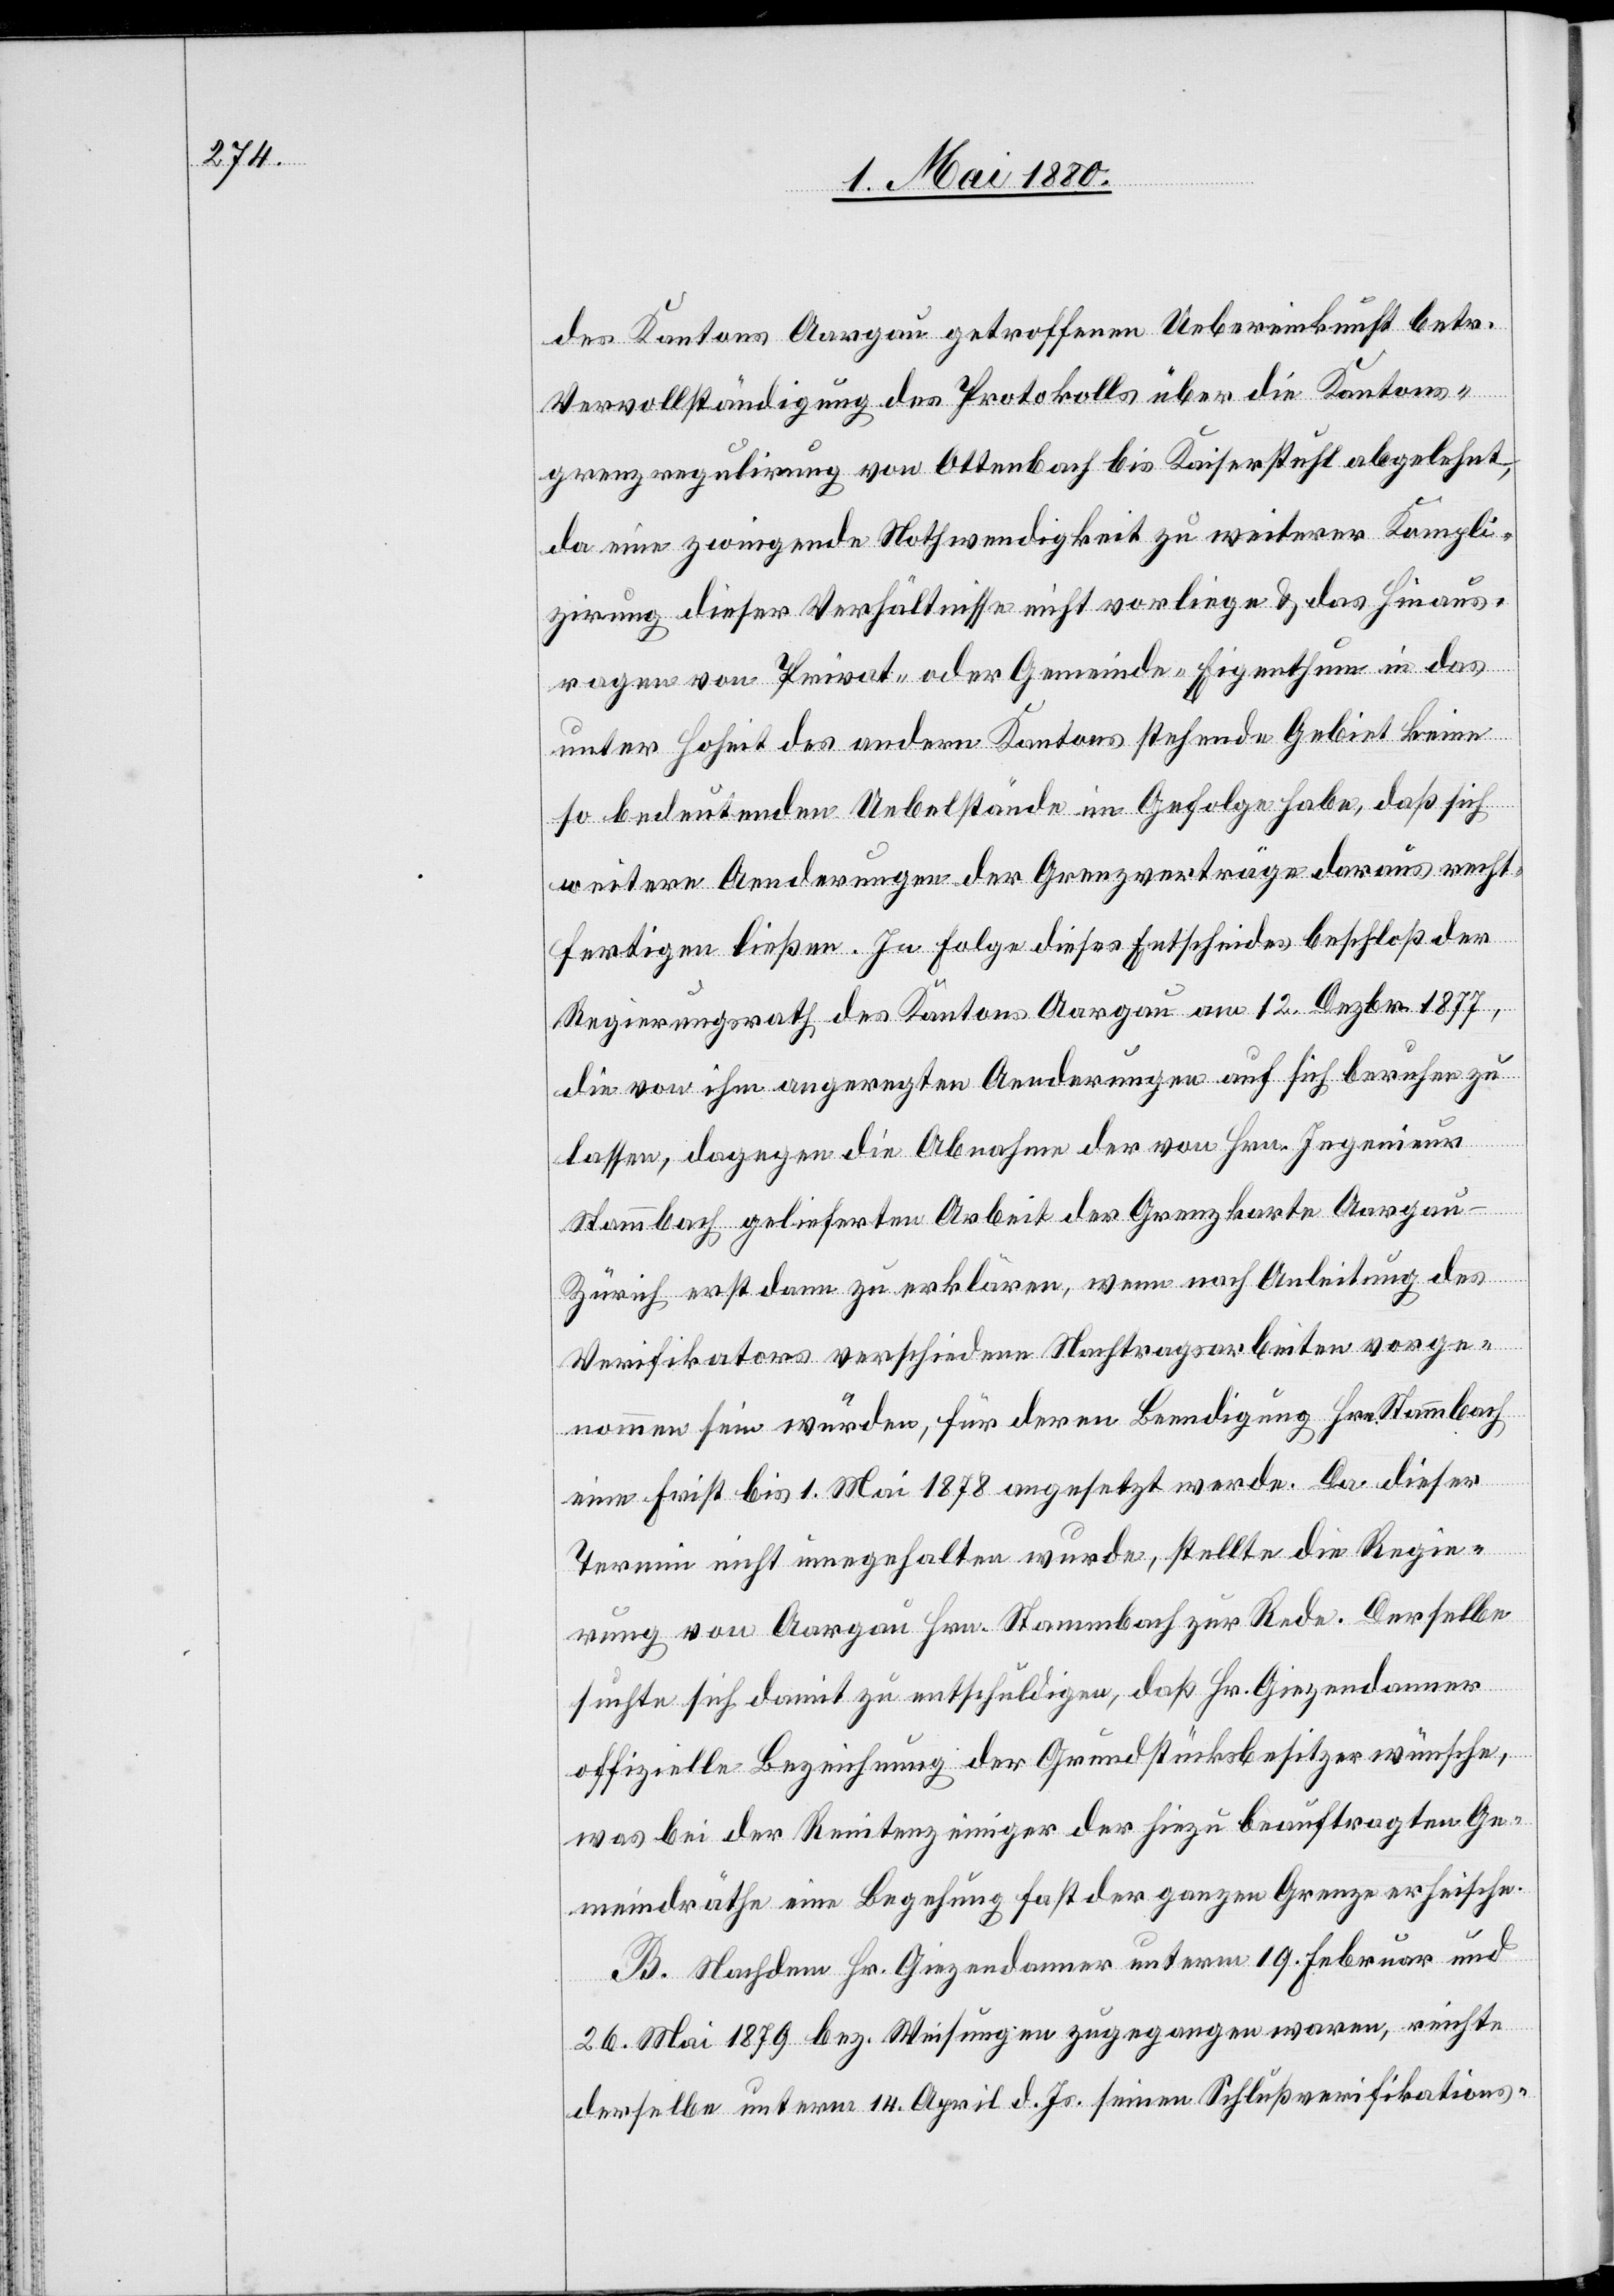
des Kantons Aargau getroffenen Uebereinkunft betr.
Vervollständigung des Protokolls über die Kantons¬
grenzregulirung von Ottenbach bis Kaiserstuhl abgelehnt,
da eine zwingende Nothwendigkeit zu weiterer Kompli¬
zirung dieser Verhältnisse nicht vorliege & das hinaus¬
ragen von Privat- oder Gemeinde-Eigenthum in das
unter Hoheit des andern Kantons stehende Gebiet keine
so bedeutenden Uebelstände im Gefolge habe, daß sich
weitere Aenderungen der Grenzverträge daraus recht¬
fertigen ließen. In Folge dieses Entscheides beschloß der
Regierungsrath des Kantons Aargau am 12. Dezbr. 1877,
die von ihm angeregten Aenderungen auf sich beruhen zu
lassen, dagegen die Abnahme der von Hrn. Ingenieur
Stammbach gelieferten Arbeit der Grenzkarte Aarga¬
u–Zürich erst dann zu erklären, wenn nach Anleitung des
Verifikators verschiedene Nachtragsarbeiten vorge¬
nommen sein würden, für deren Beendigung Hrn. Stammbach
eine Frist bis 1. Mai 1878 angesetzt werde. Da dieser
Termin nicht innegehalten wurde, stellte die Regie¬
rung von Aargau Hrn. Stammbach zur Rede. Derselbe
suchte sich damit zu entschuldigen, daß Hr. Giezendanner
offizielle Bezeichnung der Grundstücksbesitzer wünsche,
was bei der Renitenz einiger der hiezu beauftragten Ge¬
meindräthe eine Begehung fast der ganzen Grenze erheische.
B. Nachdem Hr. Giezendanner unterm 19. Februar und
26. Mai 1879 bez. Weisungen zugegangen waren, reichte
derselbe unterm 14. April d. Js. seinen Schlußverifikations-